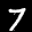
Label: 7